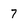
Character: 7